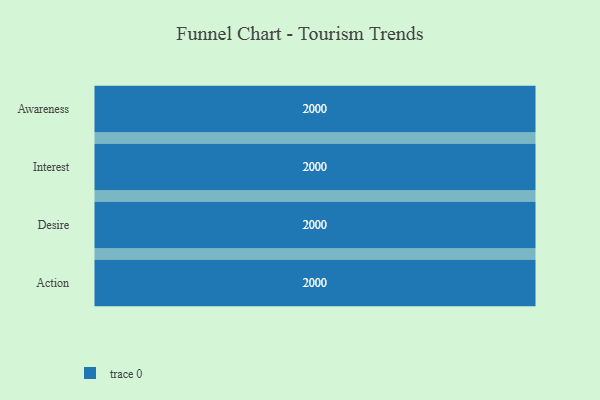
{"axis": {"x": "Stage", "y": "Value"}, "legend": [""], "data": [{"x": "Awareness", "y": 2000, "type": ""}, {"x": "Interest", "y": 2000, "type": ""}, {"x": "Desire", "y": 2000, "type": ""}, {"x": "Action", "y": 2000, "type": ""}]}